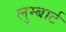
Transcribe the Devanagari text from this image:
लुम्बार्ट